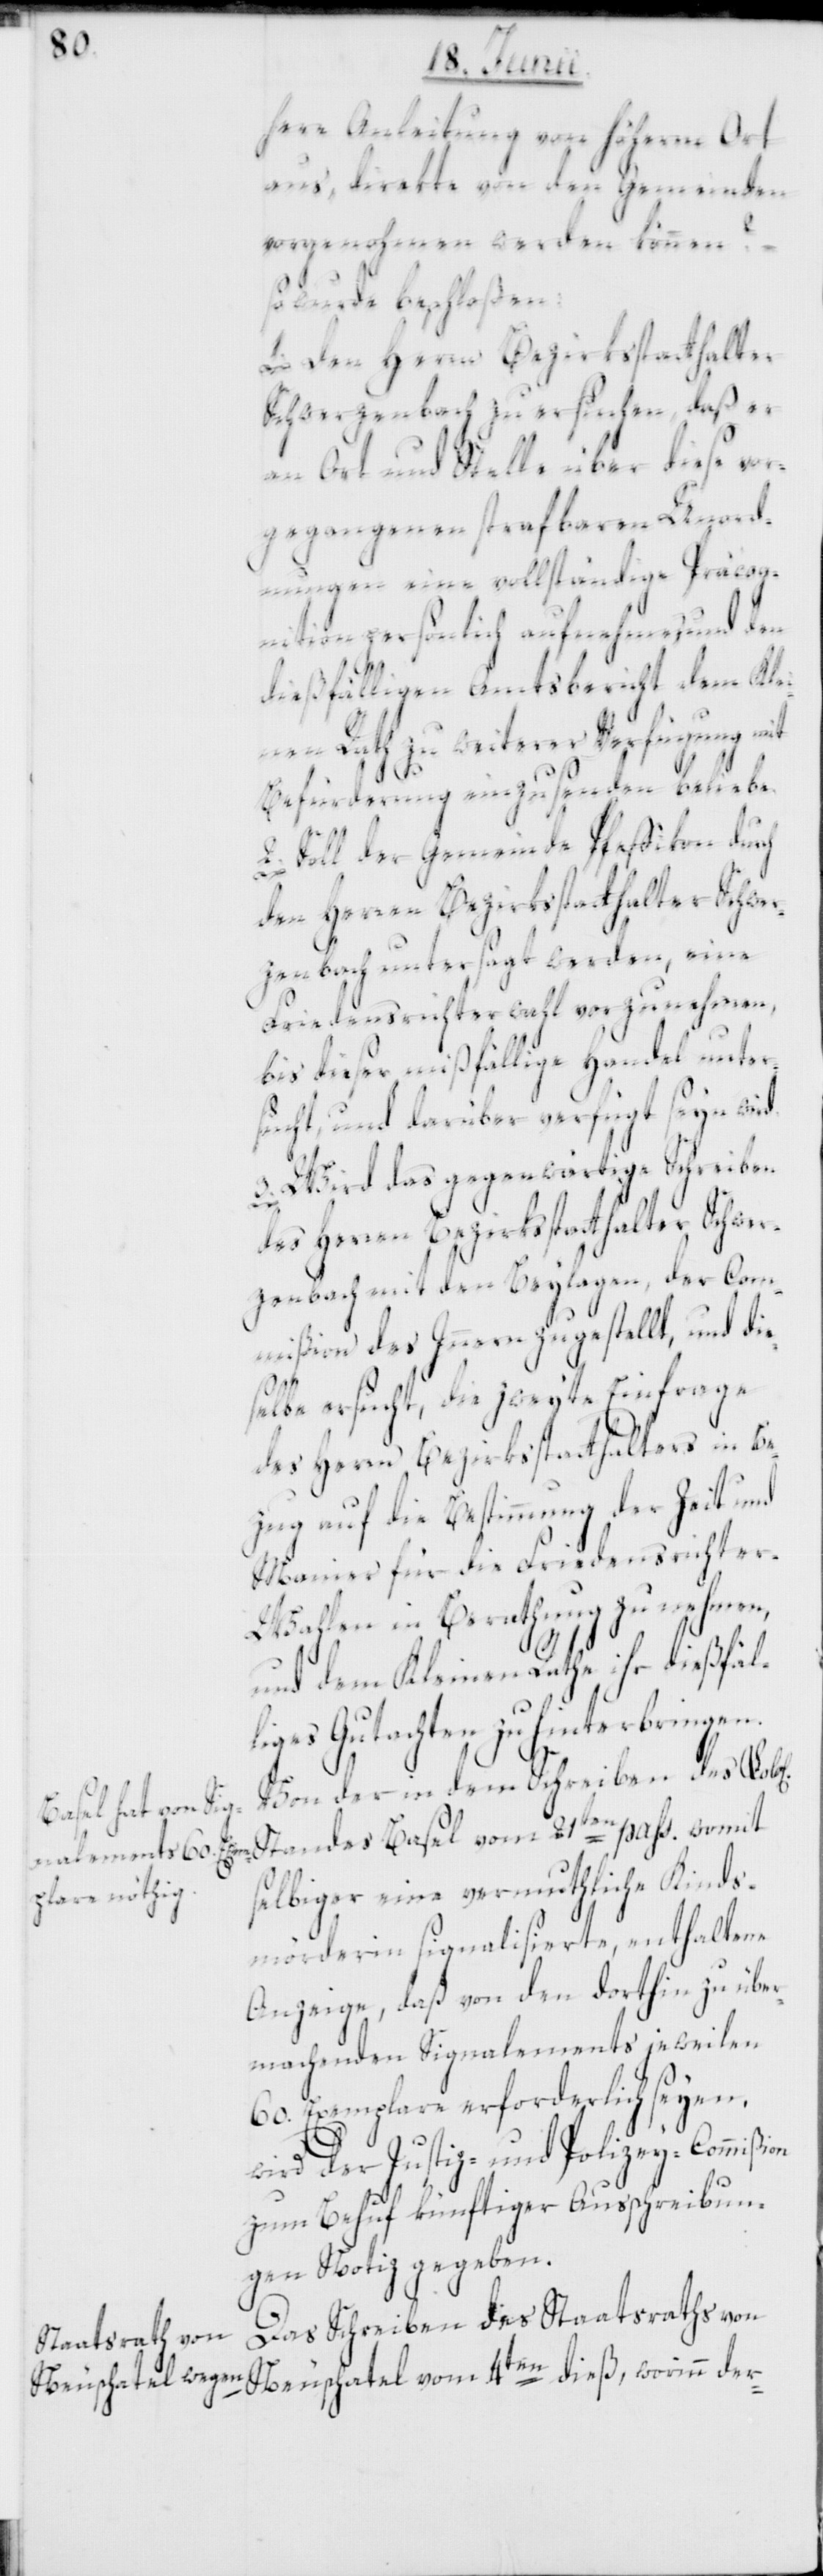
here Anleitung von höherm Ort
aus, direkte von den Gemeinden
vorgenohmen werden können?
so wurde beschloßen:
1. Den Herrn Bezirksstatthalter
Schwerzenbach zu ersuchen, daß er
an Ort und Stelle über diese vor¬
gegangenen strafbaren Unord¬
nungen eine vollständige Präcog¬
nition persönlich aufnehmen und den
dießfälligen Amtsbericht dem Klei¬
nen Rath zu weiterer Verfügung mit
Befürderung einzusenden beliebe.
on
2. Soll der Gemeinde Pfeffikon durch
den Herren Bezirksstatthalter Schwer¬
zenbach untersagt werden, eine
Friedensrichterwahl vorzunehmen,
bis dieser mißfällige Handel unter¬
sucht, und darüber verfügt seyn wird.
3. Wird das gegenwärtige Schreiben
des Herren Bezirksstatthalter Schwer¬
zenbach mit den Beylagen, der Com¬
mißion des Innern zugestellt, und die¬
selbe ersucht, die zweyte Einfrage
des Herrn Bezirkstatthalters in Be¬
zug auf die Bestimmung der Zeit und
Manier für die Friedensrichte¬
r-Wahlen in Berathung zu nehmen,
und dem Kleinen Rathe ihr dießfäl¬
liges Gutachten zu hinterbringen.
Von der in dem Schreiben des Lob[l¬
ichen] Standes Basel vom 21ten pass. womit
selbiger eine vermuthliche Kinds¬
mörderin signalisierte, enthaltene
Anzeige, daß von den dorthin zu über¬
machenden Signalements jeweilen
60. Exemplare erforderlich seyen,
wird der Justiz- und Polizey-Commißi¬
zum Behuf künftiger Ausschreibun¬
gen Notiz gegeben.
Das Schreiben des Staatsraths von
Neuschatel vom 4ten dieß, worinn der-